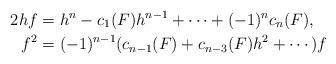
LaTeX: \begin{align*} 2hf &= h^n - c_1(F) h^{n-1} + \cdots + (-1)^n c_n(F), \\ f^2 &= (-1)^{n-1}(c_{n-1}(F) + c_{n-3}(F)h^2 + \cdots) f\end{align*}